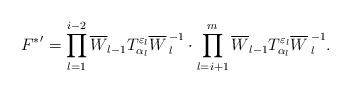
LaTeX: \begin{align*}{F^{*}}'=\prod^{i-2}_{l=1} \overline{W}_{l-1} T^{\varepsilon_l}_{\alpha_l}{\overline{W}\,}^{-1}_l\cdot\prod^{m}_{l=i+1} \overline{W}_{l-1} T^{\varepsilon_l}_{\alpha_l}{\overline{W}\,}^{-1}_l.\end{align*}